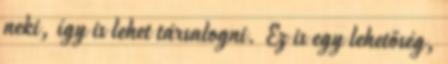
neki, így is lehet társalogni. Ez is egy lehetőség,